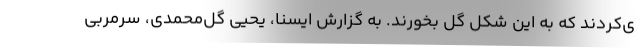
ی‌کردند که به این شکل گل بخورند. به گزارش ایسنا، یحیی گل‌محمدی، سرمربی